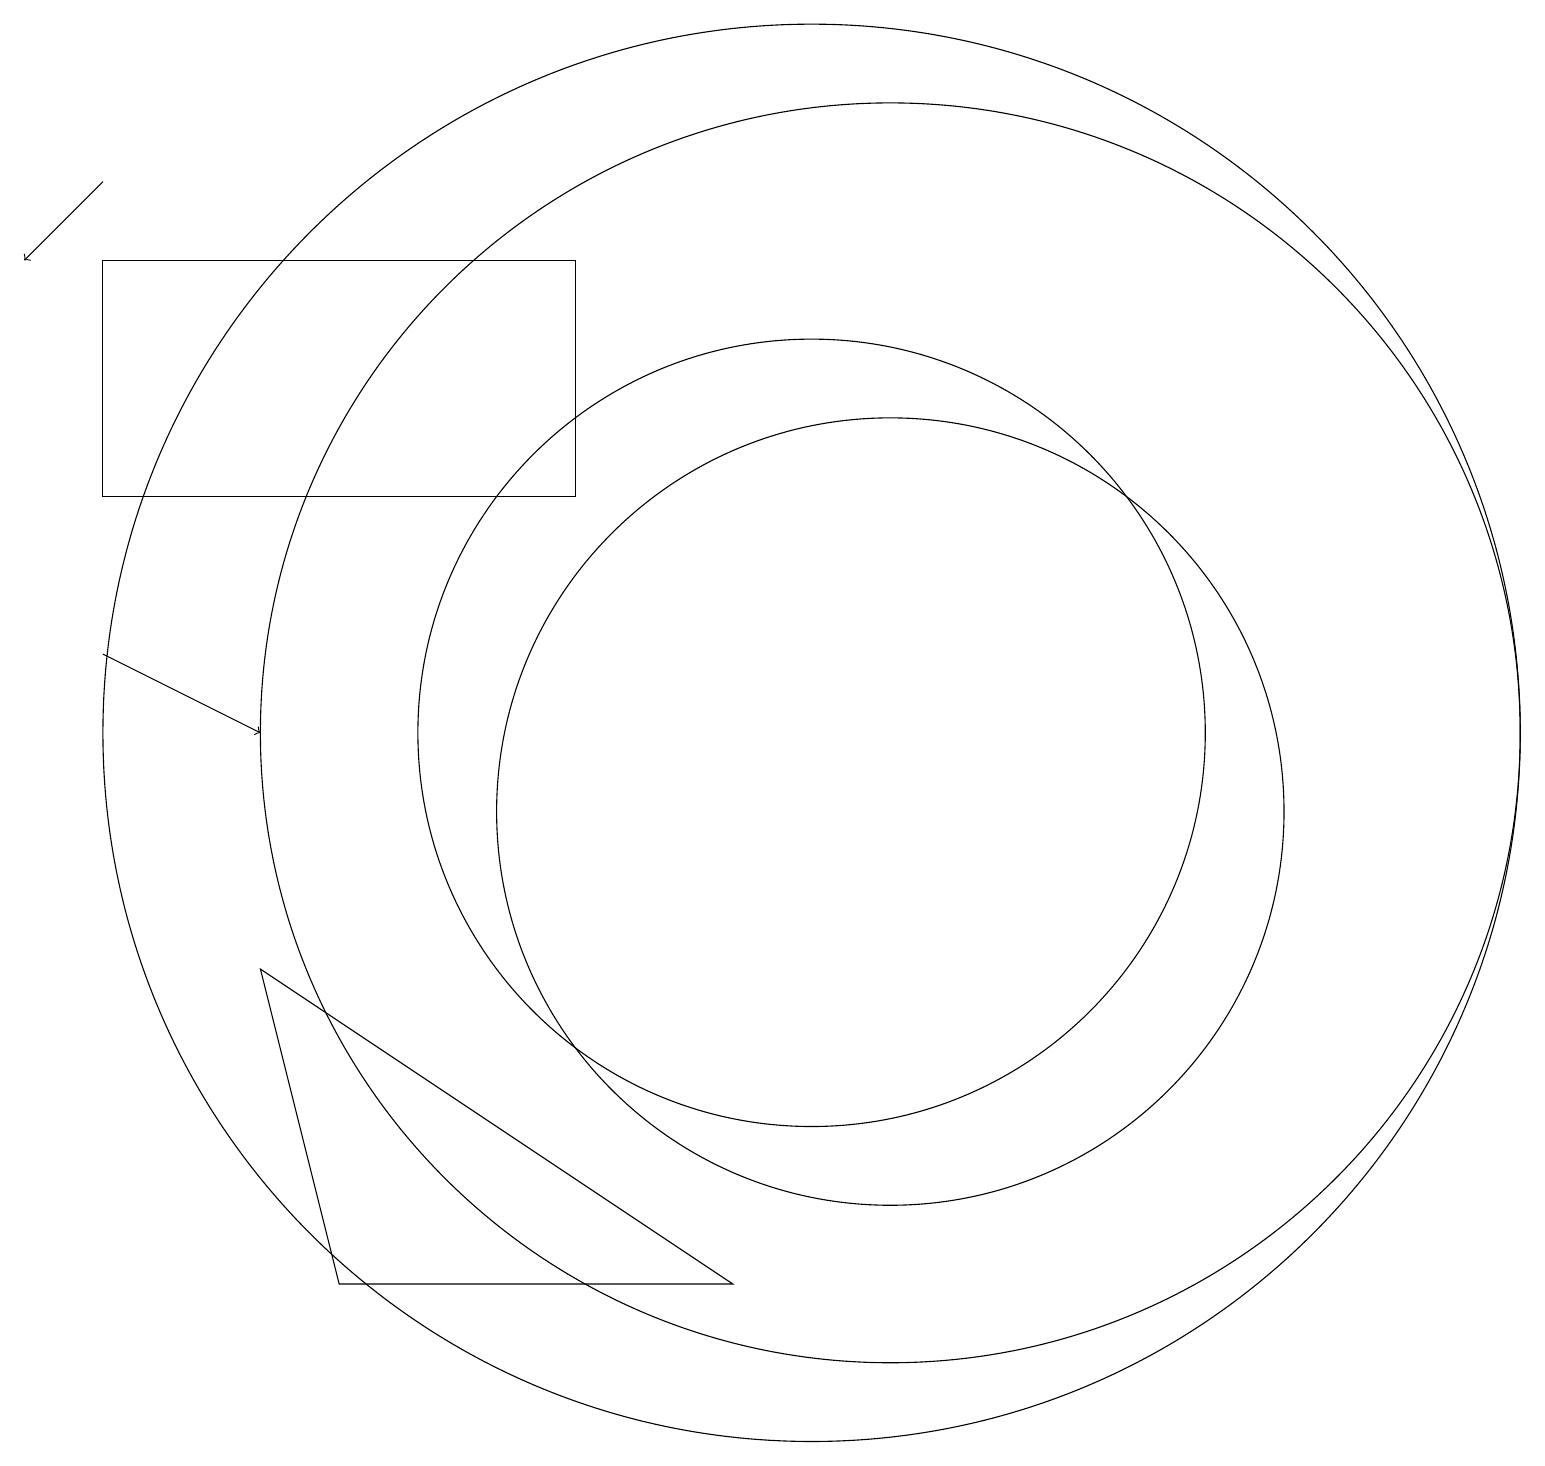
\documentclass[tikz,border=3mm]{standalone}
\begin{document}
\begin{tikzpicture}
\draw[->] (1,12) -- (3,11);
\draw (11,11) circle (8);
\draw (7,14) rectangle (1,17);
\draw (10,11) circle (5);
\draw[->] (1,18) -- (0,17);
\draw (11,10) circle (5);
\draw (10,11) circle (9);
\draw (3,8) -- (9,4) -- (4,4) -- cycle;
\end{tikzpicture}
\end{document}